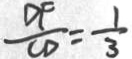
\frac { D F } { C D } = \frac { 1 } { 3 }